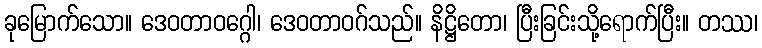
ခုမြောက်သော။ ဒေဝတာဝဂ္ဂေါ၊ ဒေဝတာဝဂ်သည်။ နိဋ္ဌိတော၊ ပြီးခြင်းသို့ရောက်ပြီး။ တဿ၊